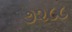
૭૨૮૮